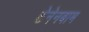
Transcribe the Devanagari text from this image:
टेनेनबाम